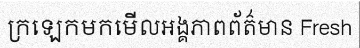
ក្រឡេកមកមើលអង្គភាពព័ត៌មាន Fresh